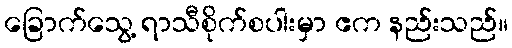
ခြောက်သွေ့ ရာသီစိုက်စပါးမှာ ဧက နည်းသည်။